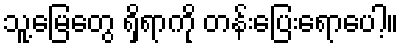
သူ့မြေတွေ ရှိရာကို တန်းပြေးရောပေါ့။